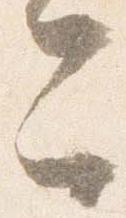
今